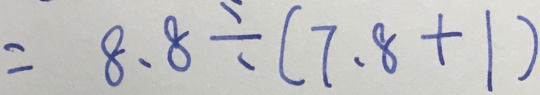
= 8 . 8 \div ( 7 . 8 + 1 )